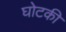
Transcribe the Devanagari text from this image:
घोटकी